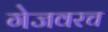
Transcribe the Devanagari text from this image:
गेजवरच